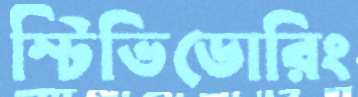
স্টিভিডোরিং